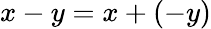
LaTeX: x-y=x+(-y)